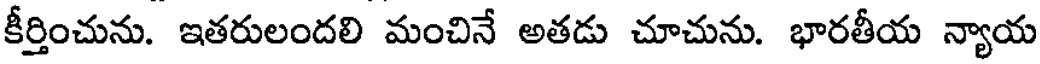
కీర్తించును. ఇతరులందలి మంచినే అతడు చూచును. భారతీయ న్యాయ